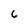
Character: 6